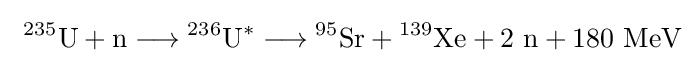
\ {}^{235}\mathrm {U} +\mathrm {n} \longrightarrow {}^{236}\mathrm {U} ^{*}\longrightarrow {}^{95}\mathrm {Sr} +{}^{139}\mathrm {Xe} +2\ \mathrm {n} +180\ \mathrm {MeV}